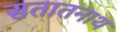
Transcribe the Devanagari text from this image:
सतातनाथ